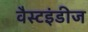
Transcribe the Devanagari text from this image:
वैस्टइंडीज